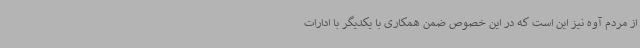
از مردم آوه نیز این است که در این خصوص ضمن همکاری با یکدیگر با ادارات